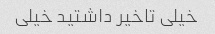
خیلی تاخیر داشتید خیلی